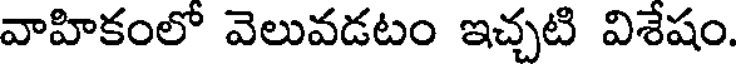
వాహికంలో వెలువడటం ఇచ్చటి విశేషం.